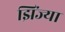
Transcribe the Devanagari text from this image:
झिंज्या